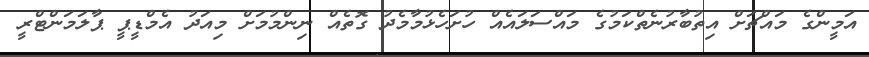
އަމީންގެ މައްޗަށް އިތުބާރުނެތްކަމުގެ މައްސަލައެއް ހުށަހެޅުމާމެދު ގޮތެއް ނިންމުމަށް މިއަދު އެމްޑީޕީ ޕާލަމަންޓްރީ